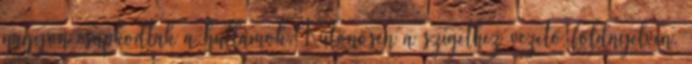
nagyon csapkodtak a hullámok. Különösen a szigethez vezető földnyelven,